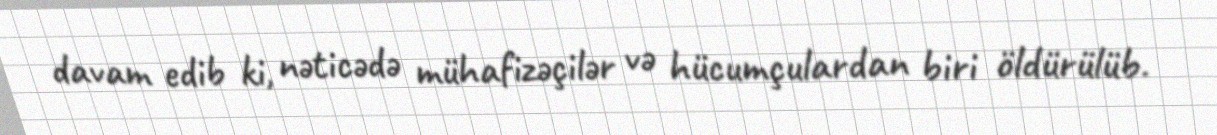
davam edib ki, nəticədə mühafizəçilər və hücumçulardan biri öldürülüb.